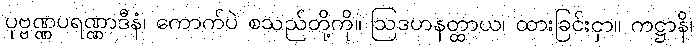
ပုဗ္ဗဏ္ဏပရဏ္ဏာဒီနံ၊ ကောက်ပဲ စသည်တို့ကို။ ဩဒဟနတ္ထာယ၊ ထားခြင်းငှာ။ ကဋ္ဌာနိ၊